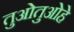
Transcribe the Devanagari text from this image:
तुओतुओहे